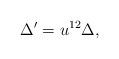
LaTeX: \begin{align*}\Delta'=u^{12}\Delta,\end{align*}